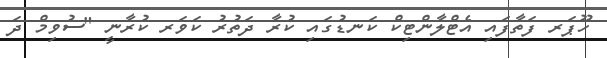
ހޫޕަރ ފަތާފައި އެޓްލާންޓިކް ކަނޑުގައި ކުރާ ދަތުރު ކަވަރ ކުރާނީ "ސުވިމް ދަ